Medical and sanitary report of the native army of Madras for the year
Year: 1875
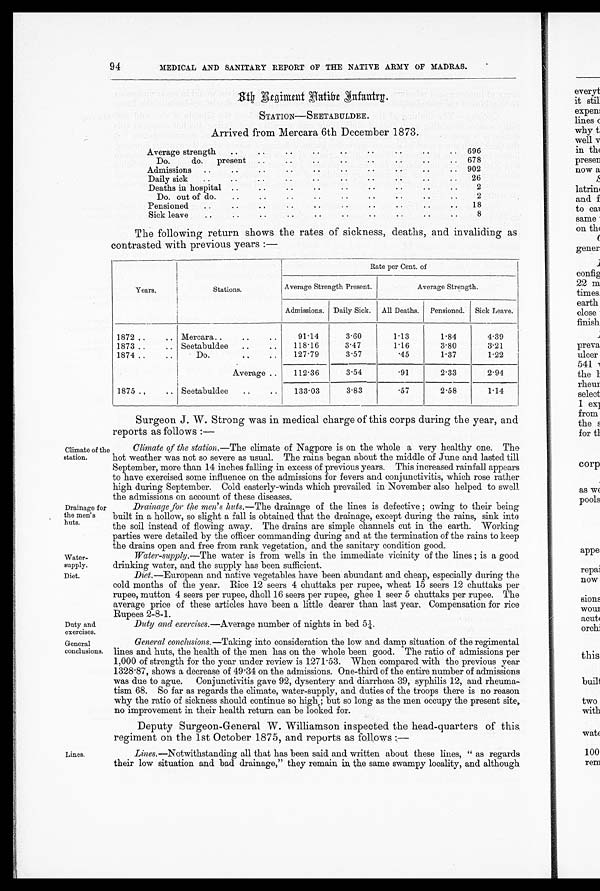
Water-
supply.
Diet.
Duty and
exercises.
General
conclusions.
94 MEDICAL AND SANITARY REPORT OF THE NATIVE ARMY OF MADRAS.
8 t h R e g i m e n t N a t i v e I n f a n t r y
STATION—SEETABULDEE.
Arrived from Mercara 6th December 1873.
Average strength
696
Do. do. present
678
Admissions
902
Daily sick
26
Deaths in hospital
2
Do. out of do.
2
Pensioned
18
Sick leave
8
The following return shows the rates of sickness, deaths, and invaliding as
contrasted with previous years:—
Years,
Stations.
Rate per Cent. of
Average Strength Present.
Average Strength.
Admissions. Daily Sick. All Deaths. Pensioned. Sick Leave.
1872
Mercara
9 1 . 1 4
3.60
1.13
1.84
4.39
1873
Seetabuldee
118.16
3.47
1.16
3.80
3.21
1874
Do.
127.79
3.57
.45
1.37
1.22
Average
112.36
3.54
.91
2.33
2.94
1875
Seetabuldee
133.03
3.83
. 5 7
2.58
1.14
Climate of the
station.
Drainage for
the men's
huts.
Lines.
Surgeon J. W. Strong was in medical charge of this corps during the year, and
reports as follows:—
Climate of the station .—The climate of Nagpore is on the whole a very healthy one. The
hot weather was not so severe as usual. The rains began about the middle of June and lasted till
September, more than 14 inches falling in excess of previous years. This increased rainfall appears
to have exercised some influence on the admissions for fevers and conjunctivitis, which rose rather
high during September. Cold easterly-winds which prevailed in November also helped to swell
the admissions on account of these diseases.
Drainage for the men's huts.—The drainage of the lines is defective; owing to their being
built in a hollow, so slight a fall is obtained that the drainage, except during the rains, sink into
the soil instead of flowing away. The drains are simple channels cut in the earth. Working
parties were detailed by the officer commanding during and at the termination of the rains to keep
the drains open and free from rank vegetation, and the sanitary condition good.
Water-supply.—The water is from wells in the immediate vicinity of the lines; is a good
drinking water, and the supply has been sufficient.
Diet.—European and native vegetables have been abundant and cheap, especially during the
cold months of the year. Rice 12 seers 4 chuttaks per rupee, wheat 15 seers 12 chuttaks per
rupee, mutton 4 seers per rupee, dholl 16 seers per rupee, ghee 1 seer 5 chuttaks per rupee. The
average price of these articles have been a little dearer than last year. Compensation for rice
Rupees 2-8-1.
Duty and exercises .— Average number of nights in bed 5 1/4.
General conclusions .—Taking into consideration the low and damp situation of the regimental
lines and huts, the health of the men has on the whole been good. The ratio of admissions per
1,000 of strength for the year under review is 1271.53. When compared with the previous year
1328.87, shows a decrease of 49.34 on the admissions. One-third of the entire number of admissions
was due to ague. Conjunctivitis gave 92, dysentery and diarrhœa 39, syphilis 12, and rheuma
-tism 68. So far as regards the climate, water-supply, and duties of the troops there is no reason
why the ratio of sickness should continue so high; but so long as the men occupy the present site,
no improvement in their health return can be looked for.
Deputy Surgeon-General W. Williamson inspected the head-quarters of this
regiment on the 1st October 1875, and reports as follows
:— Lines.—Notwithstanding all that has been said and written about these lines, "as regards
their low situation and bad drainage," they remain in, the same swampy locality, and although